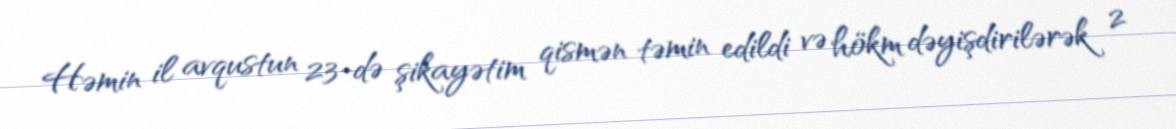
Həmin il avqustun 23-də şikayətim qismən təmin edildi və hökm dəyişdirilərək 2